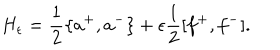
H _ { \epsilon } = \frac { 1 } { 2 } \{ a ^ { + } , a ^ { - } \} + \epsilon \frac { 1 } { 2 } [ f ^ { + } , f ^ { - } ] .